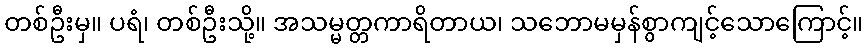
တစ်ဦးမှ။ ပရံ၊ တစ်ဦးသို့။ အသမ္မတ္တကာရိတာယ၊ သဘောမမှန်စွာကျင့်သောကြောင့်။